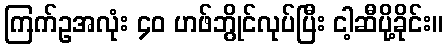
ကြက်ဥအလုံး ၄၀ ဟဖ်ဘွိုင်လုပ်ပြီး ငါ့ဆီပို့ခိုင်း။